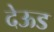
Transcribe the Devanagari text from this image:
देऊड